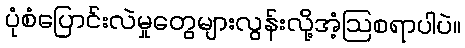
ပုံစံပြောင်းလဲမှုတွေများလွန်းလို့အံ့ဩစရာပါပဲ။